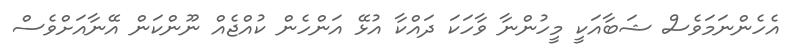
އެހެންނަމަވެސް ޝަބާއަކީ މީހުންނާ ވާހަކަ ދައްކާ އުޅޭ އަންހެން ކުއްޖެއް ނޫންކަން އޭނާއަށްވެސް